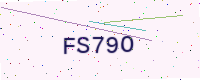
Text: FS79O